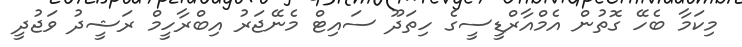
މިކަމާ ބެހޭ ގޮތުން އެމްއާރްޑީސީގެ ހިތަދޫ ސައިޓް މެނޭޖަރު އިބްރާހީމް ރަޝީދު ވަޖުދީ